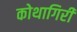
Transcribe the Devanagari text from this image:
कोथागिरी